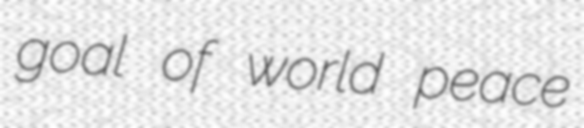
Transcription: goal of world peace